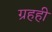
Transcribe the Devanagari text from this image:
ग्रहही